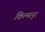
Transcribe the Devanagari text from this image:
किल्मानूर